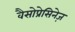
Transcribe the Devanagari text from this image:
वैसोप्रेसिनेज़